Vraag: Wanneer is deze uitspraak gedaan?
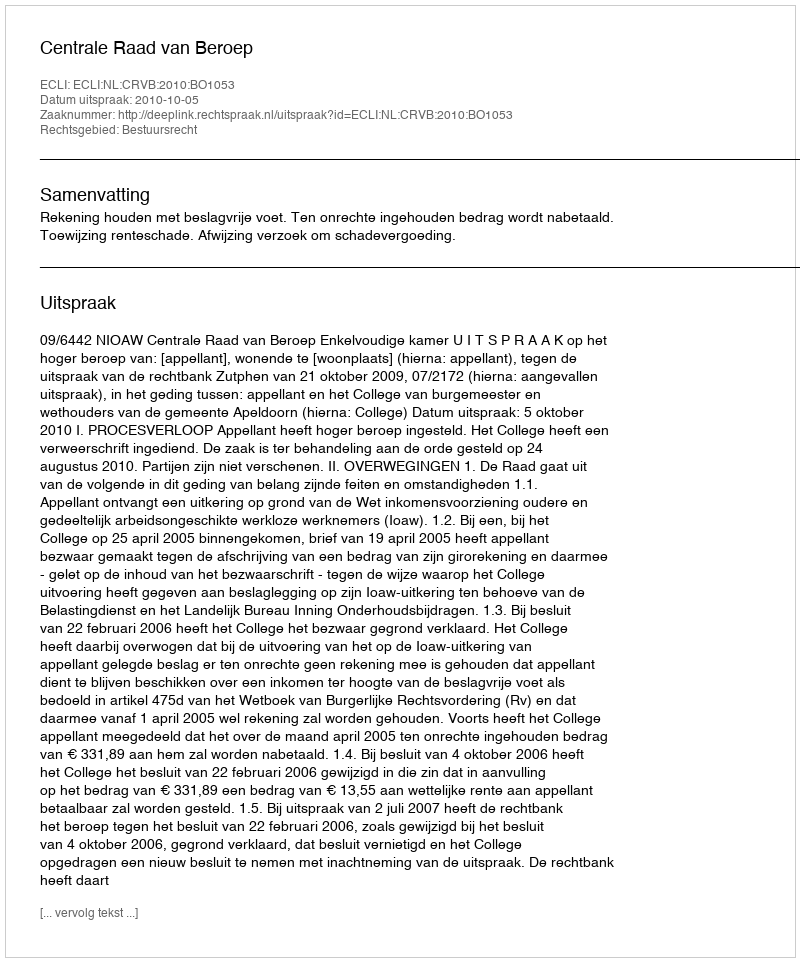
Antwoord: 2010-10-05